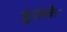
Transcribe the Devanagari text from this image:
हुक़्क़े